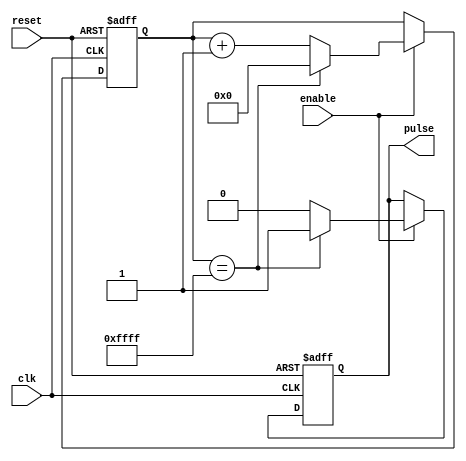
module Periodic_timer (
    input wire clk,
    input wire reset,
    input wire enable,
    output reg pulse
);

reg [15:0] counter;

always @(posedge clk or posedge reset) begin
    if (reset) begin
        counter <= 16'h0000;
        pulse <= 1'b0;
    end else if (enable) begin
        if (counter == 16'hFFFF) begin
            counter <= 16'h0000;
            pulse <= 1'b1;
        end else begin
            counter <= counter + 1;
            pulse <= 1'b0;
        end
    end
end

endmodule